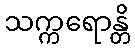
သက္ကရောန္တိ